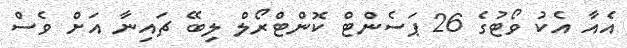
އެއާ އެކު ވޯޓުގެ 26 ޕަސެންޓް ކޮންޓްރޯލް ލިބޭ ޗައިނާ އަށް ވެސް